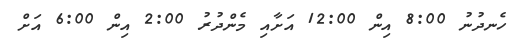
ހެނދުނު 8:00 އިން 12:00 އަށާއި މެންދުރު 2:00 އިން 6:00 އަށް